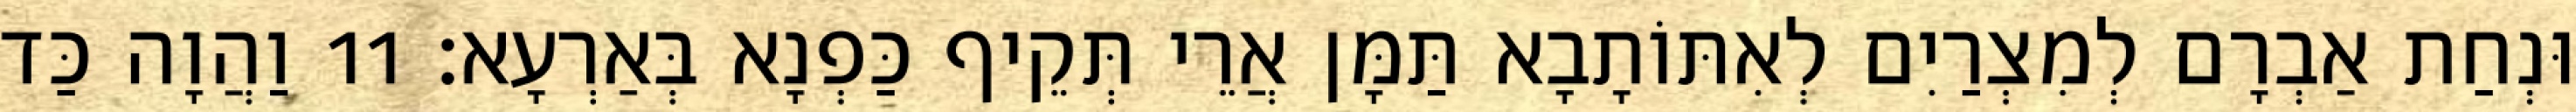
וּנְחַת אַבְרָם לְמִצְרַיִם לְאִתּוֹתָבָא תַּמָּן אֲרֵי תְּקֵיף כַּפְנָא בְּאַרְעָא׃ 11 וַהֲוָה כַּד